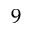
9